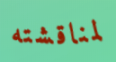
لمناقشته